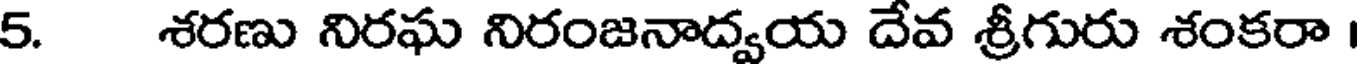
5. శరణు నిరఘ నిరంజనాద్వయ దేవ శ్రీగురు శంకరా